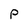
Character: P